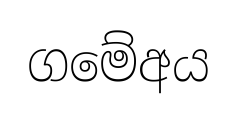
ගමේඅය